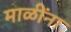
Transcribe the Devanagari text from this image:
माळींना